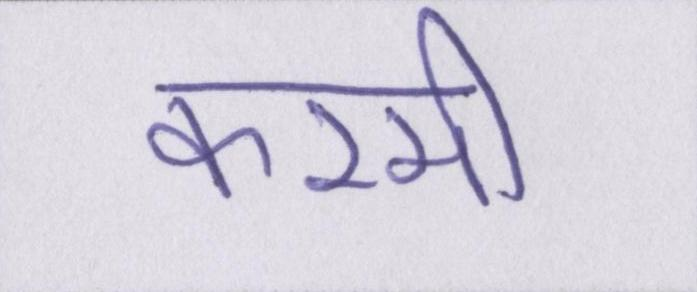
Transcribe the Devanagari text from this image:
करमी